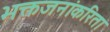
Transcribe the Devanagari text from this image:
भक्तजनांकरिता